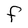
Character: F